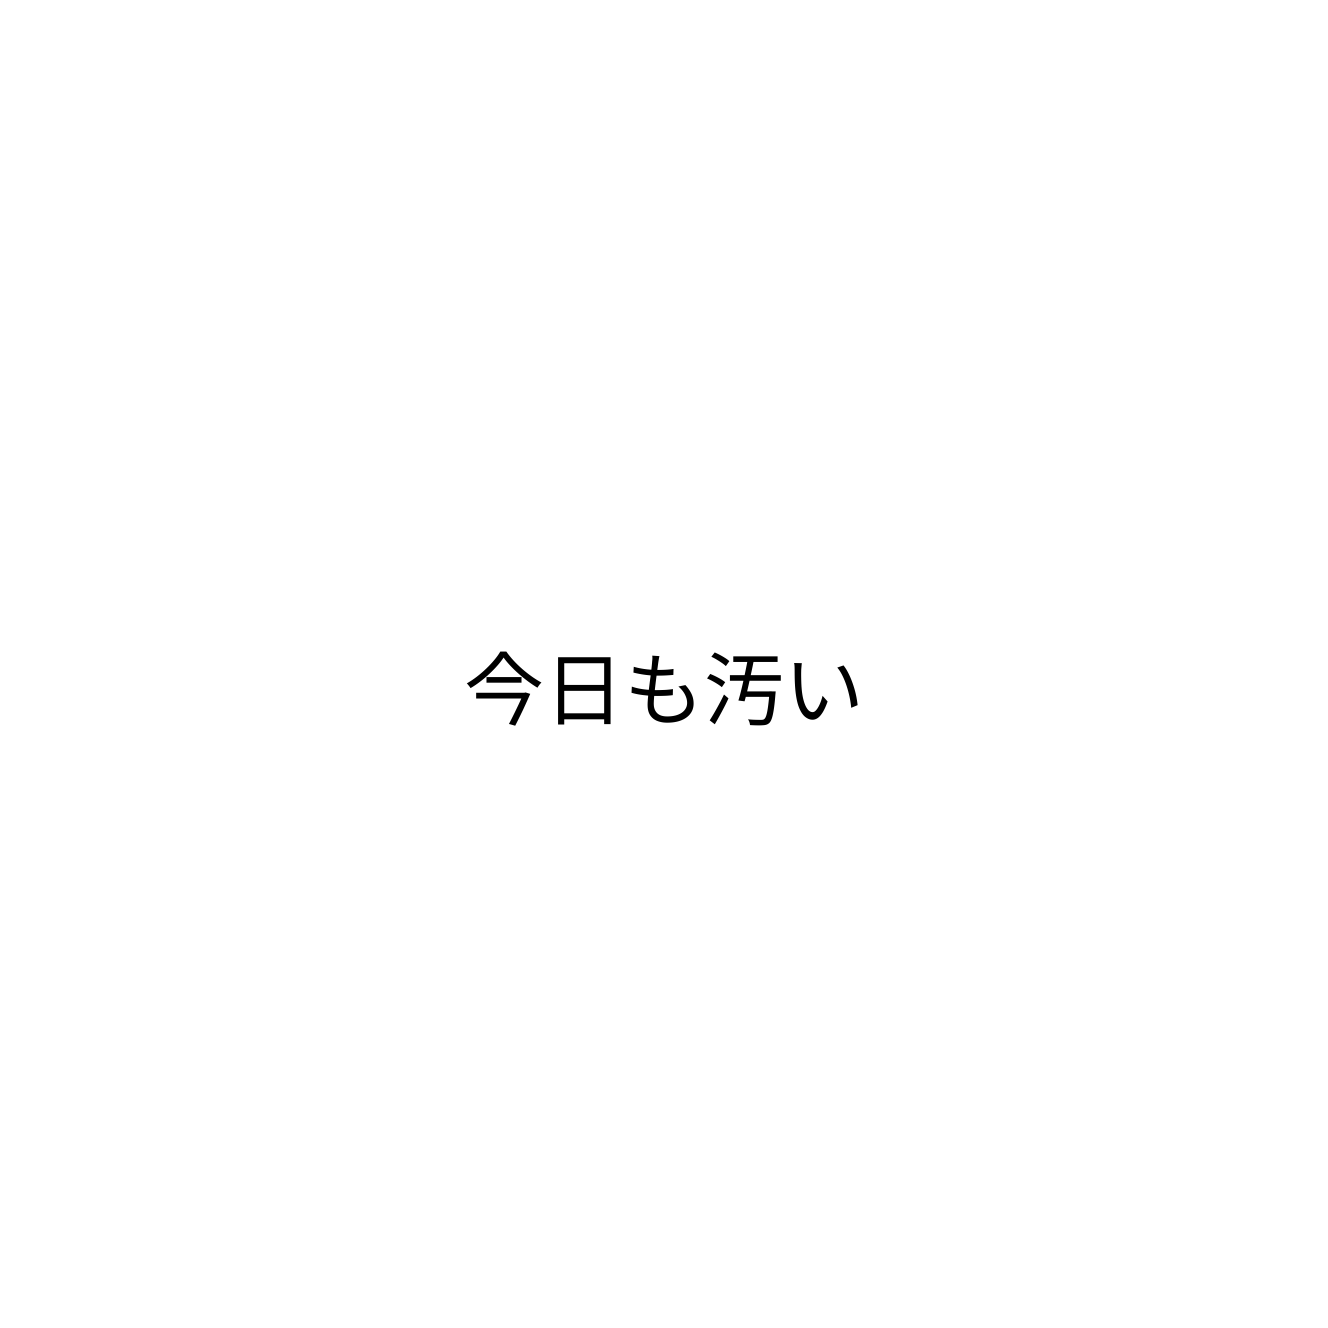
今日も汚い